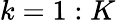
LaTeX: k=1:K